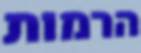
הרמות